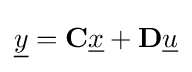
{\underline {y}}=\mathbf {C} {\underline {x}}+\mathbf {D} {\underline {u}}